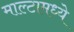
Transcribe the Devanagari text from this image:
माल्टामध्ये